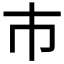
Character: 巿